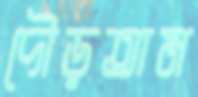
দৌড়তাম